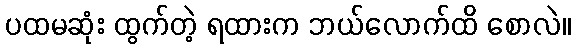
ပထမဆုံး ထွက်တဲ့ ရထားက ဘယ်လောက်ထိ စောလဲ။